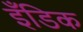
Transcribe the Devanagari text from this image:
इँडिक